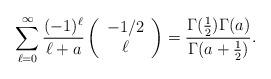
LaTeX: \begin{align*}\sum_{\ell=0}^{\infty} {(-1)^{\ell} \over \ell+a} \left( \begin{array}{c} -1/2 \\ \ell\end{array}\right)= {\Gamma({1\over 2})\Gamma (a)\over \Gamma(a+{1 \over 2})}.\end{align*}